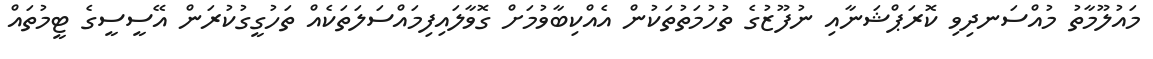
މައުލޫމާތު މުއްސަނދިވި ކޮރަޕްޝަނާއި ނުފޫޒުގެ ތުހުމަތުތަކުން އެއްކިބާވުމަށް ގޮވާލައިފިމައްސަލަތަކެއް ތަހުގީގުކުރަން އޭސީސީގެ ޓީމުތައް